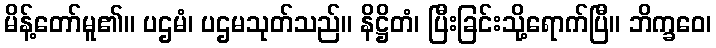
မိန့်တော်မူ၏။ ပဌမံ၊ ပဌမသုတ်သည်။ နိဋ္ဌိတံ၊ ပြီးခြင်းသို့ရောက်ပြီ။ ဘိက္ခဝေ၊